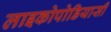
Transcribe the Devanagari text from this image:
लाइकोपोडियासी